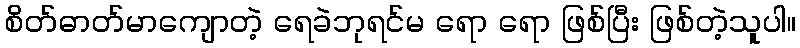
စိတ်ဓာတ်မာကျောတဲ့ ရေခဲဘုရင်မ ရော ရော ဖြစ်ပြီး ဖြစ်တဲ့သူပါ။